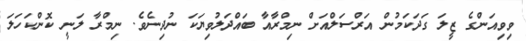
ވިވިއަންގެ ޒީލަ ގަދަކަމުން އަރްސަލްއަށް ނިމްރާއާ ބައްދަލުވިޔަކަ ނުދިނެވެ. ނިމްރާ ލަނީ ކޮންކަހަލަ